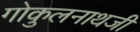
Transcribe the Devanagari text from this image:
गोकुलनाथजी